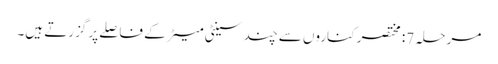
مرحلہ 7: مختصر کناروں سے چند سینٹی میٹر کے فاصلے پر گزرتے ہیں۔